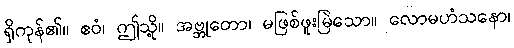
ရှိကုန်၏။ ဧဝံ၊ ဤသို့။ အဗ္ဘုတော၊ မဖြစ်ဖူးမြဲသော။ လောမဟံသနော၊